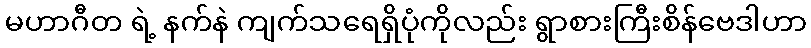
မဟာဂီတ ရဲ့ နက်နဲ ကျက်သရေရှိပုံကိုလည်း ရွာစားကြီးစိန်ဗေဒါဟာ